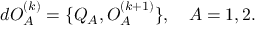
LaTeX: d { \cal O } _ { A } ^ { ( k ) } = \{ Q _ { A } , { \cal O } _ { A } ^ { ( k + 1 ) } \} , ~ ~ ~ A = 1 , 2 .